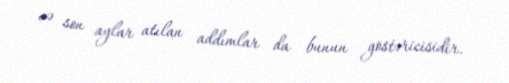
və son aylar atılan addımlar da bunun göstəricisidir.